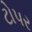
ટોપર